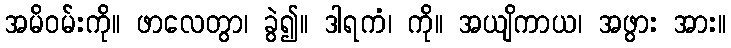
အမိဝမ်းကို။ ဖာလေတွာ၊ ခွဲ၍။ ဒါရကံ၊ ကို။ အယျိကာယ၊ အဖွား အား။